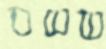
ששם